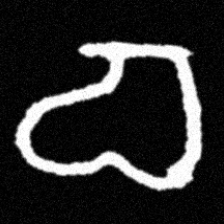
Pyu character \u2014 Myanmar letter: စ (romanized: ca)